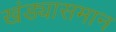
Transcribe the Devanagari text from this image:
खंड्यासमान